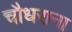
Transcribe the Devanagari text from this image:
चौधराना